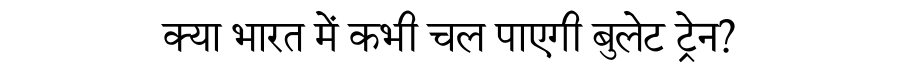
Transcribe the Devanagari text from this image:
क्या भारत में कभी चल पाएगी बुलेट ट्रेन?